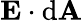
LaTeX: \mathbf{E}\cdot\mathrm{d}\mathbf{A}